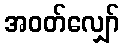
အဝတ်လျှော်